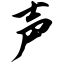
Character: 声